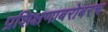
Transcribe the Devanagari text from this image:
प्रशिक्षणाबरोबरच